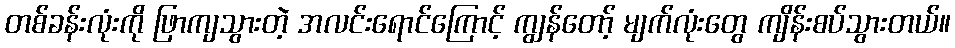
တစ်ခန်းလုံးကို ဖြာကျသွားတဲ့ အလင်းရောင်ကြောင့် ကျွန်တော့် မျက်လုံးတွေ ကျိန်းစပ်သွားတယ်။